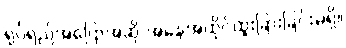
ရုပ်ရည်အပြောအဆို အနေအထိုင်ထူးခြားခြင်းမရှိ။